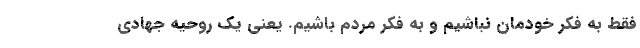
فقط به فکر خودمان نباشیم و به فکر مردم باشیم. یعنی یک روحیه جهادی